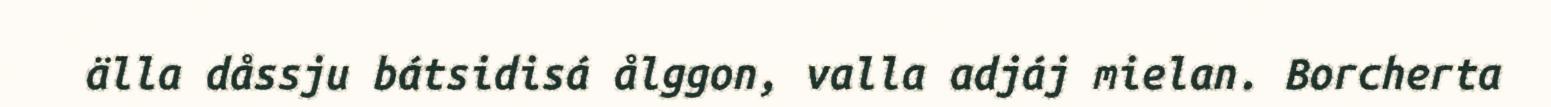
älla dåssju bátsidisá ålggon, valla adjáj mielan. Borcherta